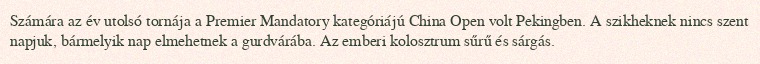
Számára az év utolsó tornája a Premier Mandatory kategóriájú China Open volt Pekingben. A szikheknek nincs szent napjuk, bármelyik nap elmehetnek a gurdvárába. Az emberi kolosztrum sűrű és sárgás.